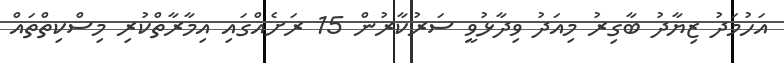
އަހުމަދު ޒިޔާދު ބާގިރު މިއަދު ވިދާޅުވީ ސަރުކާރުން 15 ރަށެއްގައި އިމާރާތްކުރި މިސްކިތްތައް